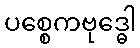
ပစ္စေကဗုဒ္ဓေါ